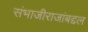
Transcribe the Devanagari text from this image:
संभाजीराजांबद्दल